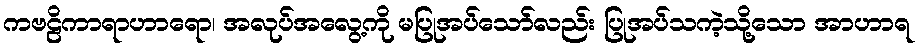
ကဗဠိကာရာဟာရော၊ အလုပ်အလွေ့ကို မပြုအပ်သော်လည်း ပြုအပ်သကဲ့သို့သော အာဟာရ